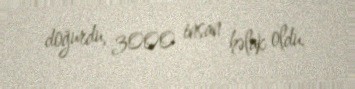
doğurdu, 3000 insan həlak oldu.